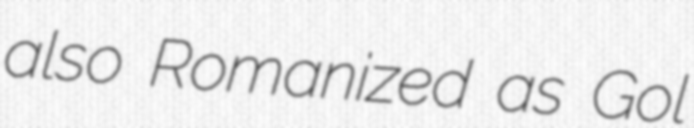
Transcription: also Romanized as Gol